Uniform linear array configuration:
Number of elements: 24
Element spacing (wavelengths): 0.5
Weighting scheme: uniform
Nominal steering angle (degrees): -45
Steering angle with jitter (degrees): -43.942
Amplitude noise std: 0.05
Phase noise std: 0.05

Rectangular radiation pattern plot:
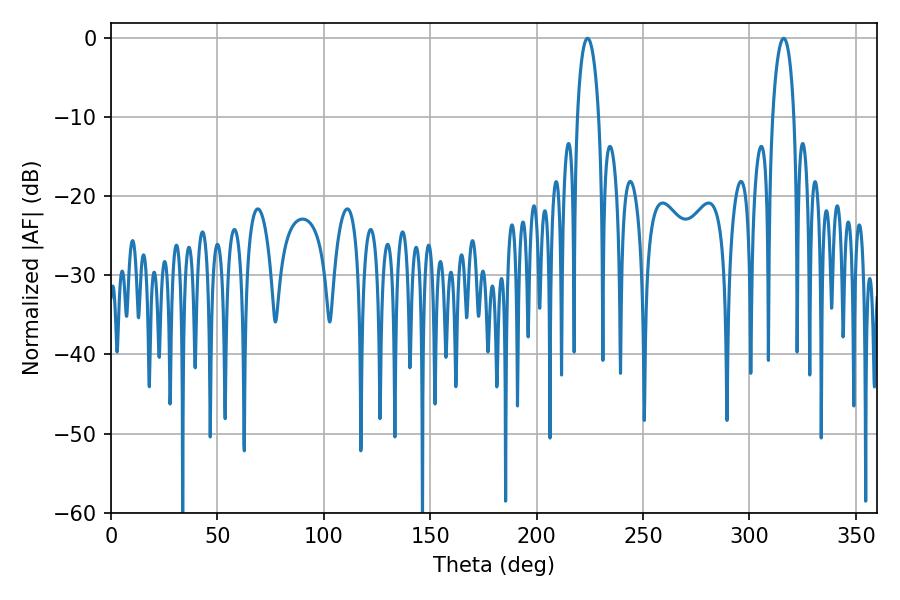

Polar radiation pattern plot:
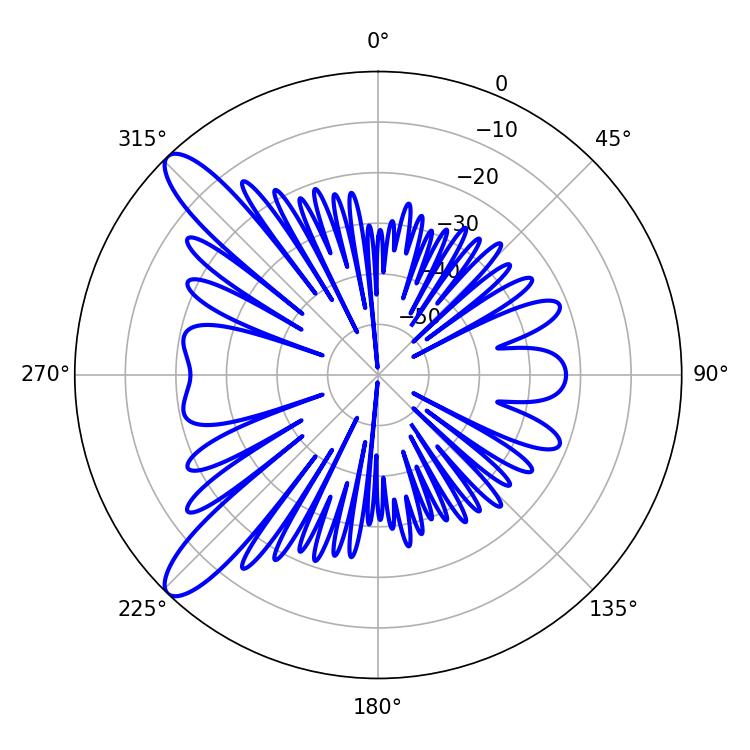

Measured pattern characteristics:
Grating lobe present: FALSE
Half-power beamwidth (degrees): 5.76
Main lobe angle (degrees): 223.92